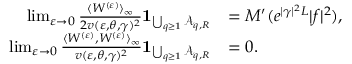
\begin{array} { r l } { \operatorname* { l i m } _ { \varepsilon \to 0 } \frac { \langle W ^ { ( \varepsilon ) } \rangle _ { \infty } } { 2 v ( \varepsilon , \theta , \gamma ) ^ { 2 } } \mathbf { 1 } _ { \bigcup _ { q \ge 1 } \mathcal A _ { q , R } } } & { = M ^ { \prime } ( e ^ { | \gamma | ^ { 2 } L } | f | ^ { 2 } ) , } \\ { \operatorname* { l i m } _ { \varepsilon \to 0 } \frac { \langle W ^ { ( \varepsilon ) } , W ^ { ( \varepsilon ) } \rangle _ { \infty } } { v ( \varepsilon , \theta , \gamma ) ^ { 2 } } \mathbf { 1 } _ { \bigcup _ { q \ge 1 } \mathcal A _ { q , R } } } & { = 0 . } \end{array}